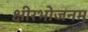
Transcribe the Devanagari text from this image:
क्षीरभोजनम्